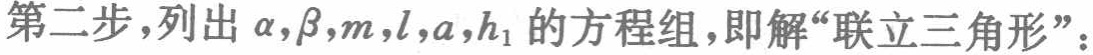
第二步，列出\(\alpha,\beta,m,l,a,h_{1}\)的方程组，即解“联立三角形”：